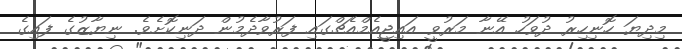
މިދިޔަ ހޮނިހިރު ދުވަހު އޭނާ މަރުވީ އައިޖީއެމްއެޗްގައި ފަރުވާދެމުން ދަނިކޮށެވެ. ނިޔާޒުގެ ފައިގެ